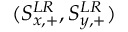
( S _ { x , + } ^ { L R } , S _ { y , + } ^ { L R } )